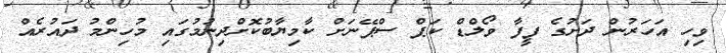
ވިހި އަހަރުން ދަށުގެ ފީފާ ވޯލްޑް ކަޕް ސްޕޭނަށް ކާމިޔާބުކޮށްދިނުމުގައި މުހިންމު ދައުރެއް